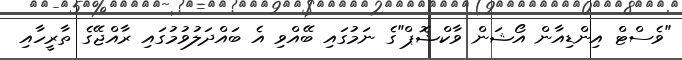
"ވެސްޓް އިންޑިއާން އޯޝަން ވާކްޝޮޕް"ގެ ނަމުގައި ބޭއްވި އެ ބައްދަލުވުމުގައި ރާއްޖޭގެ ތާރީހާއި